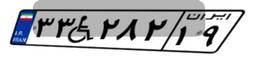
۸۷W۷۸۰۰۶